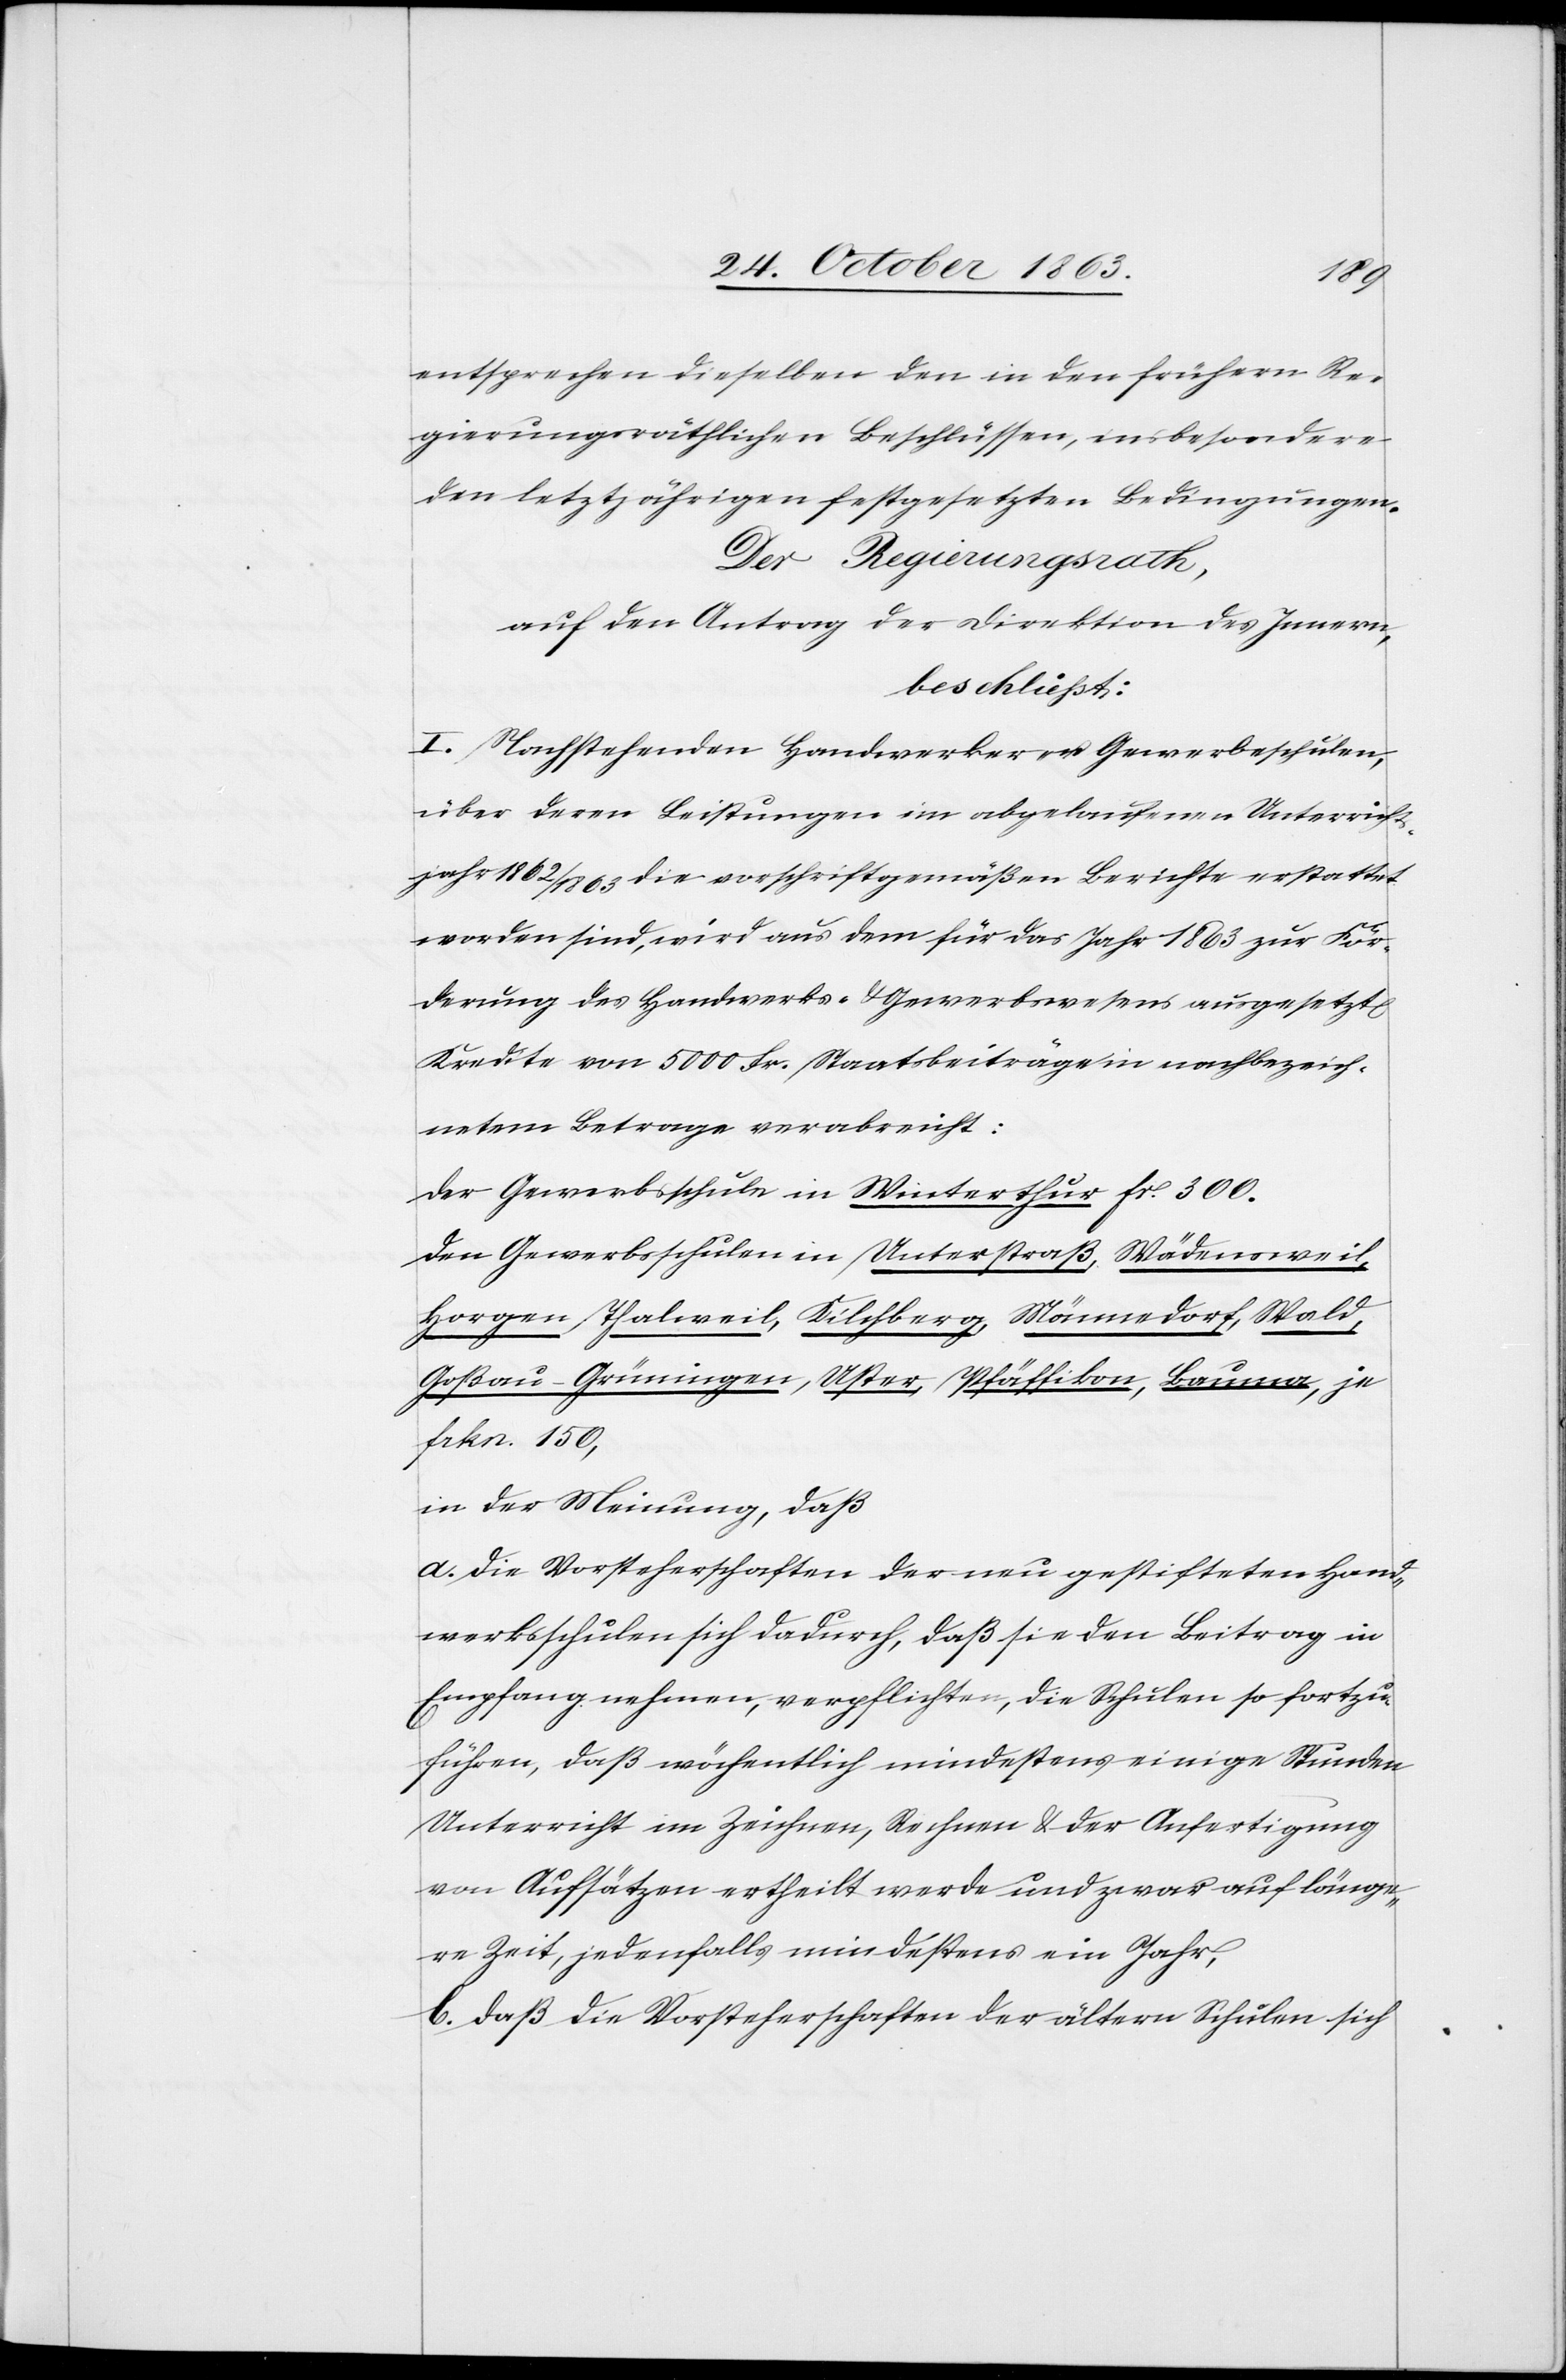
entsprechen dieselben den in den frühern Re¬
gierungsräthlichen Beschlüssen, insbesondere
den letztjährigen festgesetzten Bedingungen.
Der Regierungsrath,
auf den Antrag der Direktion des Innern,
beschliesst:
I. Nachstehenden Handwerker- u. Gewerbeschulen,
über deren Leistungen im abgelaufenen Unterricht¬
jahr 1862/63 die vorschriftgemäßen Berichte erstattet
worden sind, wird aus dem für das Jahr 1863 zur För¬
derung des Handwerks- & Gewerbswesens ausgesetzt[en]
Kredite von 5000 Fr. Staatsbeiträge in nachbezeich¬
netem Betrage verabreicht:
Der Gewerbsschule in Winterthur fr. 300.
Den Gewerbsschulen in Unterstraß, Wädensweil,
Horgen, Thalweil, Kilchberg, Männedorf, Wald,
Goßau-Grüningen, Uster, Pfäffikon, Bauma, je
Frkn. 150,
in der Meinung, daß
a. die Vorsteherschaften der neu gestifteten Hand¬
werksschulen sich dadurch, daß sie den Beitrag in
Empfang nehmen, verpflichten, die Schulen so fortzu¬
führen, daß wöchentlich mindestens einige Stunden
Unterricht im Zeichnen, Rechnen & der Anfertigung
von Aufsätzen ertheilt werde und zwar auf länge¬
re Zeit, jedenfalls mindestens ein Jahr,
b. daß die Vorsteherschaften der ältern Schulen sich